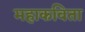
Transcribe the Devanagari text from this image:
महाकविता